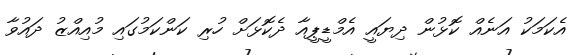
އެކަމަކު އަނެއް ކޮޅުން ދިޔައީ އެމްޑީޕީއާ ދެކޮޅަށް ހުރި ކަންކަމުގައި މުއިއްޒު ދައުވާ